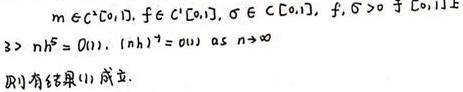
\(&m\in C^{r}[0,1], f\in C^{1}[0,1], \sigma\in C[0,1], f,\sigma > 0\)于[0,1]上\\
\(&\exists > nh^{2}=O(1), (nh)^{-\gamma}=o(1) as n\rightarrow\infty\)\\
则有结果(11)成立.